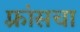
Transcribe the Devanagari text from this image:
फ़्रांसचा